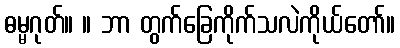
ဓမ္မဂုတ်။ ။ ဘာ တွက်ခြေကိုက်သလဲကိုယ်တော်။